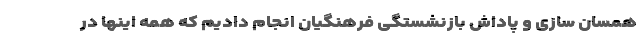
همسان سازی و پاداش بازنشستگی فرهنگیان انجام دادیم که همه اینها در